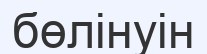
бөлінуін